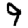
Digit: 9